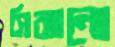
সিঝানো